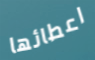
اعطائها